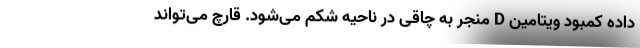
داده کمبود ویتامین D منجر به چاقی در ناحیه شکم می‌شود. قارچ می‌تواند